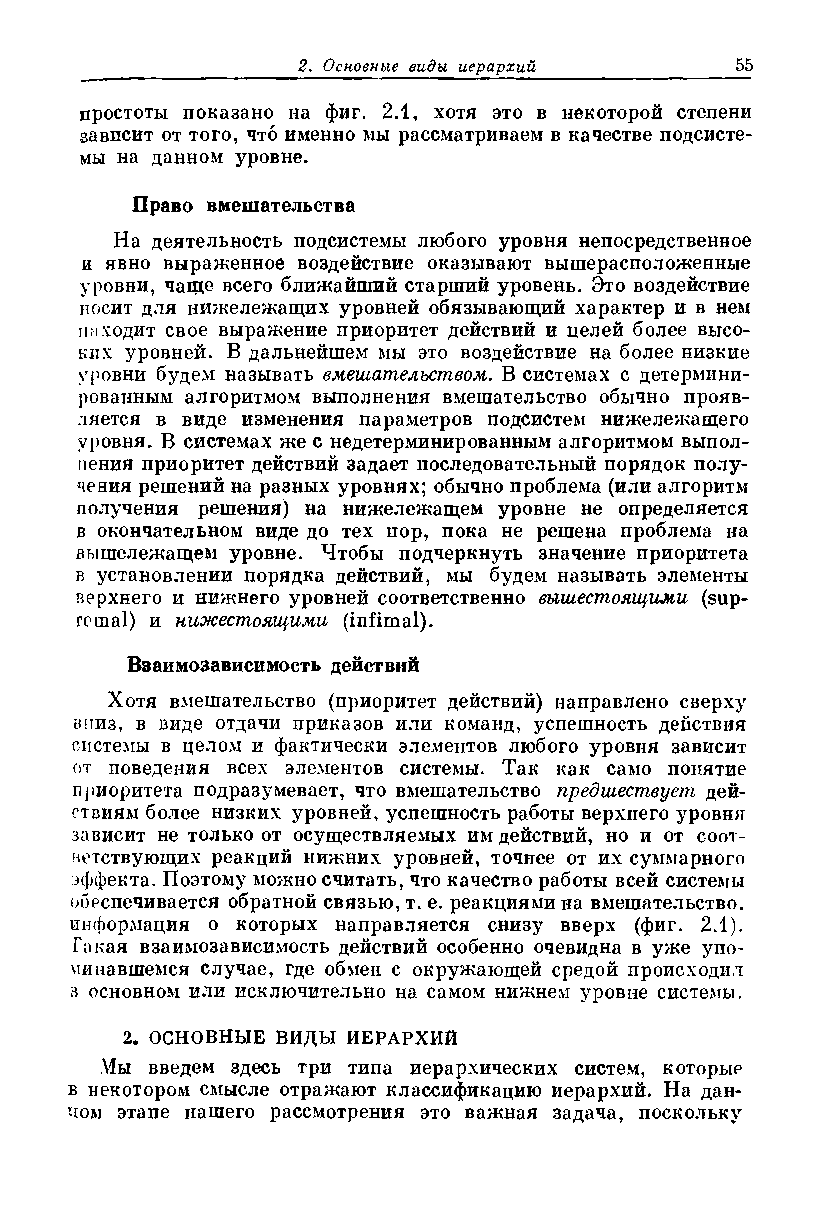
простоты показано на фиг. 2.1, хотя это в некоторой степени
 зависит от того, что именно мы рассматриваем в качестве подсисте­
 мы на данном уровне.
 Право вмешательства
 На деятельность подсистемы любого уровня непосредственное
 и явно выраженное воздействие оказывают вышерасположенные
 уровни, чаще всего ближайший старший уровень. Это воздействие
 носит для нижележащих уровней обязывающий характер и в нем
 пэходит свое выражение приоритет действий и целей более высо­
 ких уровней. В дальнейшем мы это воздействие на более низкие
 уровни будем называть вмешательством. В системах с детермини­
 рованным алгоритмом выполнения вмешательство обычно прояв­
 ляется в виде изменения параметров подсистем нижележащего
 уровня. В системах же с недетерминированным алгоритмом выпол­
 нения приоритет действий задает последовательный порядок полу­
 чения решений на разных уровнях; обычно проблема (или алгоритм
 получения решения) на нижележащем уровне не определяется
 в окончательном виде до тех пор, пока не решена проблема на
 вышележащем уровне. Чтобы подчеркнуть значение приоритета
 в установлении порядка действий, мы будем называть элементы
 верхнего и нижнего уровней соответственно вышестоящими (sup-
 re mal) и нижестоящими (infimal).
 Взаимозависимость действий
 Хотя вмешательство (приоритет действий) направлено сверху
 вниз, в виде отдачи приказов или команд, успешность действия
 системы в целом и фактически элементов любого уровня зависит
 от поведения всех элементов системы. Так как само понятие
 приоритета подразумевает, что вмешательство предшествует дей­
 ствиям более низких уровней, успешность работы верхнего уровня
 зависит не только от осуществляемых им действий, но и от соот­
 ветствующих реакций нижних уровней, точнее от их суммарного
 эффекта. Поэтому можно считать, что качество работы всей системы
 обеспечивается обратной связью, т. е. реакциями на вмешательство,
 информация о которых направляется снизу вверх (фиг. 2.1).
 Такая взаимозависимость действий особенно очевидна в уже упо­
 минавшемся случае, где обмен с окружающей средой происходил
 а основном или исключительно на самом нижнем уровне системы.
 2. ОСНОВНЫЕ ВИДЫ ИЕРАРХИЙ
 Мы введем здесь три типа иерархических систем, которые
 в некотором смысле отражают классификацию иерархий. На дан­
 ном этапе нашего рассмотрения это важная задача, поскольку